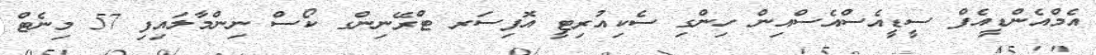
އެމްއެންޑީއެފް ސީޑީއެސްއެސްއިން ހިންގި ސެކިއުރިޓީ އޮފިސަރ ޓްރޭނިންގ ކޯސް ނިންމާލައިފި 57 މިނެޓް